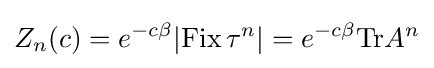
Z_{n}(c)=e^{-c\beta }|{\mbox{Fix}}\,\tau ^{n}|=e^{-c\beta }{\mbox{Tr}}A^{n}